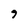
Character: 9